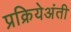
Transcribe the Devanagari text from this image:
प्रक्रियेअंती